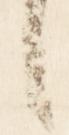
言